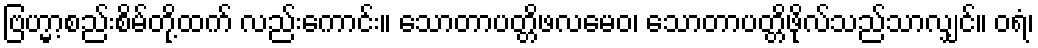
ဗြဟ္မာ့စည်းစိမ်တို့ထက် လည်းကောင်း။ သောတာပတ္တိဖလမေဝ၊ သောတာပတ္တိဖိုလ်သည်သာလျှင်။ ဝရံ၊